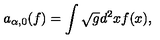
a _ { \alpha , 0 } ( f ) = \int \sqrt { g } d ^ { 2 } x f ( x ) ,